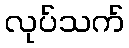
လုပ်သက်